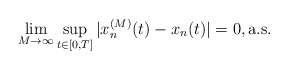
\begin{align*}\lim_{M\to\infty}\sup_{t\in[0,T]}|x_n^{(M)}(t)-x_n(t)|=0,\mathrm{a.s.}\end{align*}